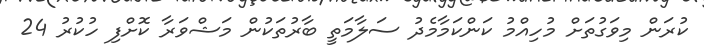
ކުރަން މިވަގުތަށް މުހިއްމު ކަންކަމާމެދު ސަލާމަތީ ބާރުތަކުން މަޝްވަރާ ކޮށްފި ހުކުރު 24